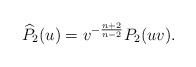
\begin{align*}\widehat{P}_2(u)=v^{-\frac{n+2}{n-2}}P_2(uv).\end{align*}